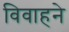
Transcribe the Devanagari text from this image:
विवाहने